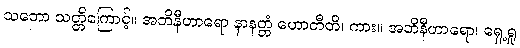
သဘော သတ္တိကြောင့်။ အဘိနီဟာရော နာနတ္တံ ဟောတီတိ၊ ကား။ အဘိနီဟာရော၊ ရှေ့ရှု